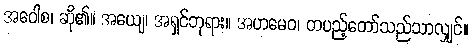
အဝေါစ၊ ဆို၏။ အယျေ၊ အရှင်ဘုရား။ အဟမေဝ၊ တပည့်တော်သည်သာလျှင်။